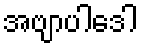
အဗျာပါဒေါ